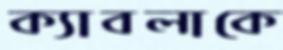
ক্যাবলাকে